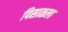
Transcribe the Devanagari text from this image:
पिसाळला